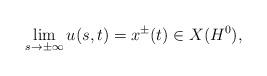
LaTeX: \begin{align*}\lim_{s \to \pm \infty} u(s,t) = x^{\pm}(t) \in X(H^0),\end{align*}